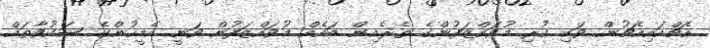
އެޗްއައިއެޗުން ވަކި ކުރި މުވައްޒަފުންގެ ތެރެއިން ބައެއް މުވައްޒަފުން ވަނީ އެމީހުންގެ ޝަކުވާތައް